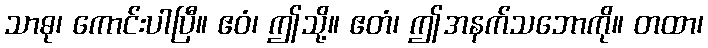
သာဓု၊ ကောင်းပါပြီ။ ဧဝံ၊ ဤသို့။ ဧတံ၊ ဤအနက်သဘောကို။ တထာ၊